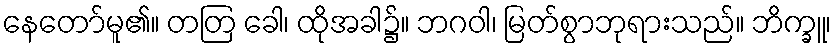
နေတော်မူ၏။ တတြ ခေါ၊ ထိုအခါ၌။ ဘဂဝါ၊ မြတ်စွာဘုရားသည်။ ဘိက္ခူ၊